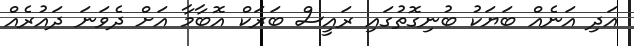
އަދި އަނެއް ބަޔަކު ބުނިގޮތުގައި ރައީސް ބަރަކް އޮބާމާ އަށް ދެވަނަ ދައުރެއް